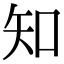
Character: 知